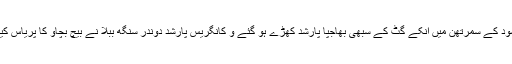
سود کے سمرتھن میں انکے گٹ کے سبھی بھاجپا پارشد کھڑے ہو گئے و کانگریس پارشد دوندر سنگھ ببلا نے بیچ بچاو کا پریاس کیا۔